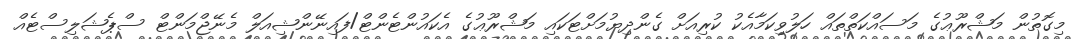
މިގޮތުން މަޝްރޫޢުގެ މަސައްކަތްތައް ހަލުވިކަމާއެކު ކުރިއަށް ގެންދިޔުމަށްޓަކައި މަޝްރޫޢުގެ އެކައުންޓެންޓް/ފައިނޭންޝިއަލް މެނޭޖްމަންޓް ސްޕެޝަލިސްޓެއް